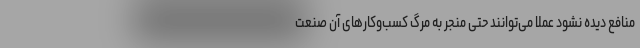
منافع دیده نشود عملا می‌توانند حتی منجر به مرگ کسب‌وکارهای آن صنعت